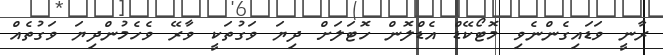
ރާނީ ވަޑައިގެންނެވި މޮޓޯކޭޑް އެޑްލޮން ހޮޓަލަށް ދިޔަ ވަގުތަކީ ވާރޭ ވެހެމުންދިޔަ ވަގުތެއް